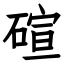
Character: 碹